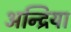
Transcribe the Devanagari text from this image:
अन्द्रिया